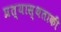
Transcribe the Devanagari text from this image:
प्रत्यास्थताकी